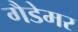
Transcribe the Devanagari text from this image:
गैडेमर